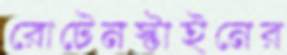
রোটেনস্টাইনের